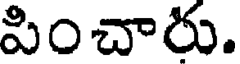
పించారు.